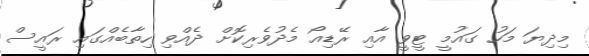
މިދިޔަ މަހު ގައުމީ ޓީވީ އާއި ރޭޑިއޯ މެދުވެރިކޮށް ދެއްވި ހިތާބެއްގައި ރައީސް